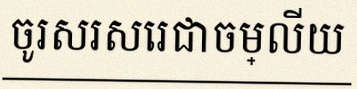
ចូរសរសេរជាចម្លើយ